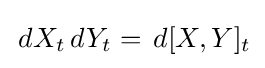
\,dX_{t}\,dY_{t}=\,d[X,Y]_{t}